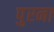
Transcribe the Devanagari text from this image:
पुरना